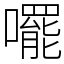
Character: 𫬘